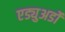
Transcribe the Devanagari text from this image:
एड्युअर्डो